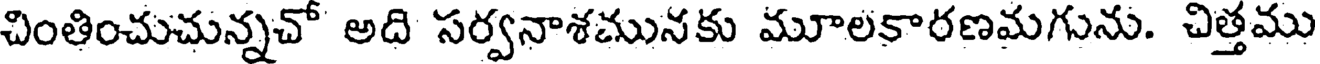
చింతించుచున్నచో అది సర్వనాశమునకు మూలకారణమగును. చిత్తము